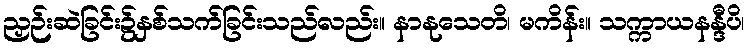
ညှဉ်းဆဲခြင်း၌နှစ်သက်ခြင်းသည်လည်း။ နာနုသေတိ၊ မကိန်း။ သက္ကာယနန္ဒီပိ၊